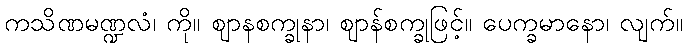
ကသိဏမဏ္ဍလံ၊ ကို။ ဈာနစက္ခုနာ၊ ဈာန်စက္ခုဖြင့်။ ပေက္ခမာနော၊ လျက်။